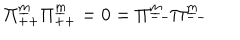
LaTeX: \Pi _ { + + } ^ { \underline { { m } } } \Pi _ { + + } ^ { \underline { { m } } } = 0 = \Pi _ { -- } ^ { \underline { { m } } } \Pi _ { -- } ^ { \underline { { m } } }